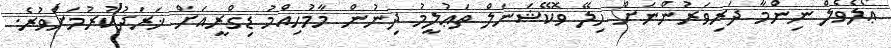
ޢޯލެވެލް ނިންމާ ދަރިވަރުންނަށް ހިލޭ ވޮކޭޝަނަލް ތަޢުލީމު ދިނުން މާމުހިއްމު ޑިގްރީއަށް ޚަރަދުކުރުމަށްވުރެ.